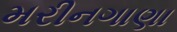
મરીનગાણા